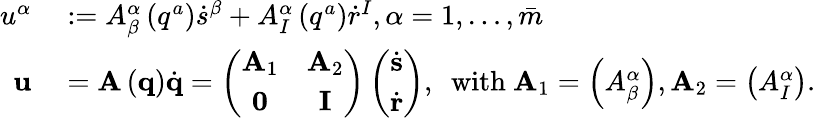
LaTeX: \begin{array}{rl}{u^{\alpha}}&{{}:=A_{\beta}^{\alpha}\left(q^{a}\right)\dot{s}^{\beta}+A_{I}^{\alpha}\left(q^{a}\right)\dot{r}^{I},\alpha=1,\ldots,\bar{m}}\\ {\mathbf{u}}&{{}=\mathbf{A}\left(\mathbf{q}\right)\dot{\mathbf{q}}=\left(\begin{array}{cc}{\mathbf{A}_{1}}&{\mathbf{A}_{2}}\\ {\mathbf{0}}&{\mathbf{I}}\end{array}\right)\left(\begin{array}{c}{\dot{\mathbf{s}}}\\ {\dot{\mathbf{r}}}\end{array}\right),\ \ \mathrm{with\ }\mathbf{A}_{1}=\left(A_{\beta}^{\alpha}\right),\mathbf{A}_{2}=\left(A_{I}^{\alpha}\right).}\end{array}